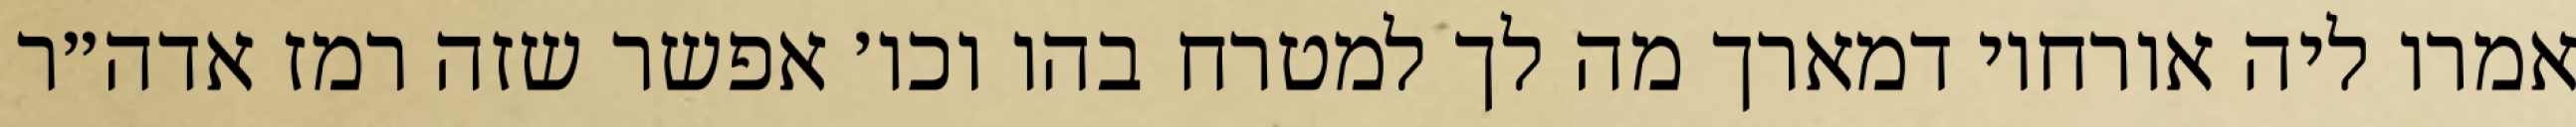
אמרו ליה אורחוי דמארך מה לך למטרח בהו וכו׳ אפשר שזה רמז אדה״ר